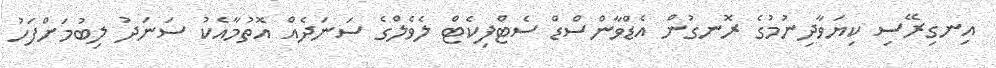
އިނގިރޭސި ކިޔަވާދިނުމުގެ ރޮނގުން އެޑްވާންސްޑް ސެޓްފިކެޓް ލެވެލްގެ ސަނަދެއް އޮތުމާއެކު ސަނަދު ލިބުމަށްފަހު